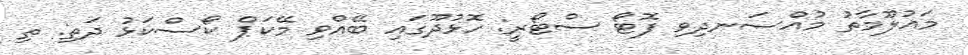
މައުލޫމާތު މުއްސަނދިވި ފޮޓޯ ސްޓޯރީ: ހޮޅުދޫގައި ބޭއްވި މޭކަޕް ކޯސްކަޅު ދަތި: ތި